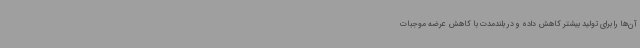
آن‌ها را برای تولید بیشتر کاهش داده و در بلندمدت با کاهش عرضه موجبات